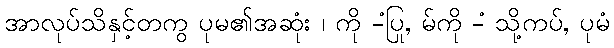
အာလုပ်သိနှင့်တကွ ပုမ၏အဆုံး ၊ ကို -ံပြု, မ်ကို -ံ သို့ကပ်, ပုမံ